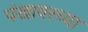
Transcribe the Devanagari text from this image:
पंखावरच्या